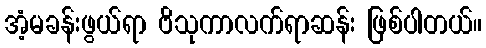
အံ့မခန်းဖွယ်ရာ ဗိသုကာလက်ရာဆန်း ဖြစ်ပါတယ်။